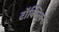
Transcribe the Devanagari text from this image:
टॉक्सिक्स